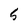
Character: S